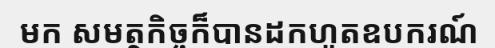
មក សមត្ថកិច្ចក៏បានដកហូតឧបករណ៍